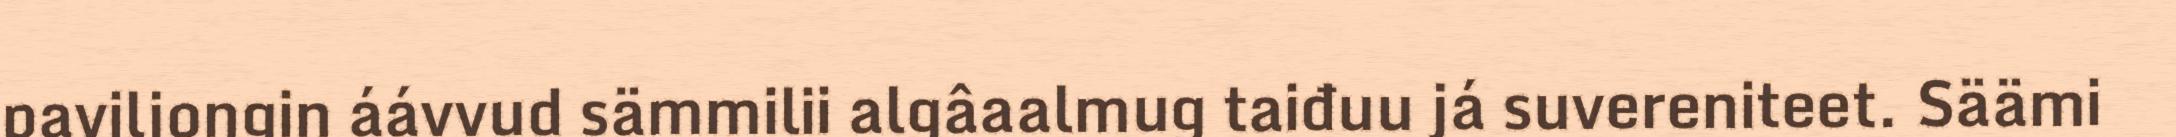
paviljoŋgin áávvud sämmilii algâaalmug taiđuu já suvereniteet. Säämi